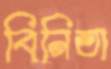
বিনিতা